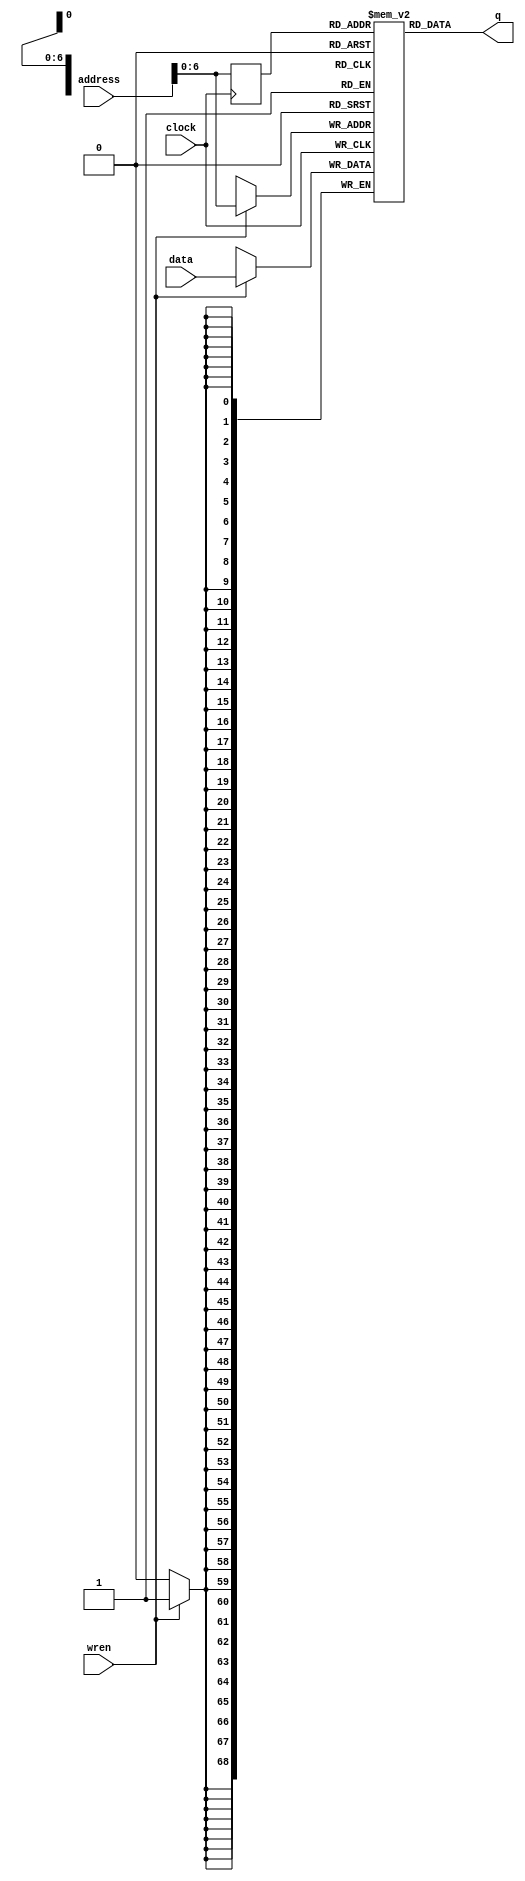
module single_port_ram
(
	input [68:0] data,
	input [9:0] address,
	input wren, clock,
	output [68:0] q
);

	// Declare the RAM variable
	reg [68:0] ram[68:0];
	
	// Variable to hold the registered read address
	reg [9:0] addr_reg;
	
	always @ (posedge clock)
	begin
	// Write
		if (wren)
			ram[address] <= data;
		
		addr_reg <= address;
		
	end
		
	// Continuous assignment implies read returns NEW data.
	// This is the natural behavior of the TriMatrix memory
	// blocks in Single Port mode.
	assign q = ram[addr_reg];
	
endmodule